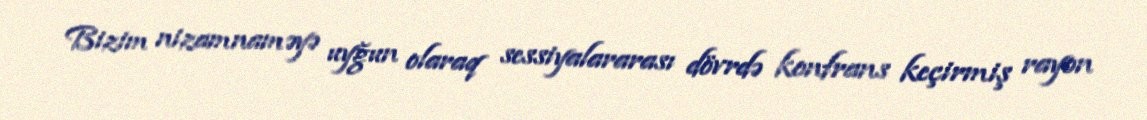
Bizim nizamnaməyə uyğun olaraq sessiyalararası dövrdə konfrans keçirmiş rayon